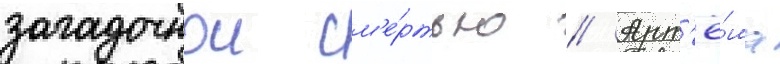
загадочнои см'е́ртью // Арт'ё́ма